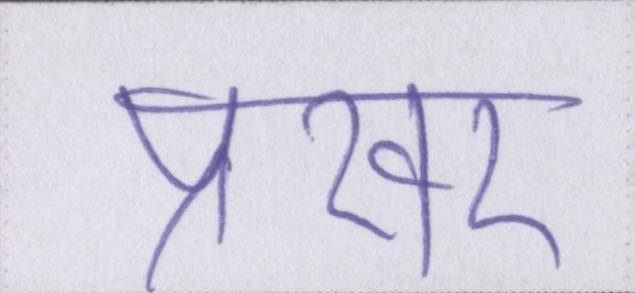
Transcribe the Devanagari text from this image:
प्रखर